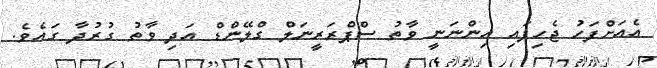
އެއަށްފަހު ޖެހިފައި އިންނަނީ ވާތު ސްޕްރަރީނަލް ގްލޭންޑް އަދި ވާތު ގުރުދާ ގައެވެ.